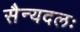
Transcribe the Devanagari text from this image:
सैन्यदलः